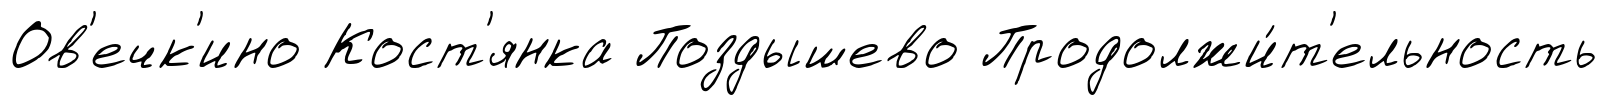
Ов'ечк'ино Кост'янка Поздышево Продолжи́т'ельность